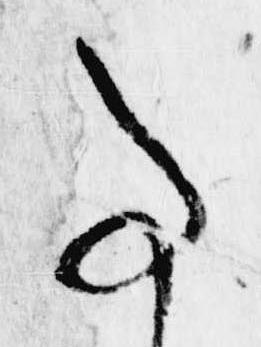
事